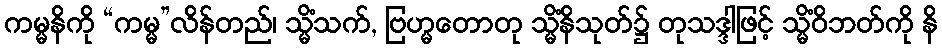
ကမ္မနိကို “ကမ္မ”လိန်တည်၊ သ္မိံသက်, ဗြဟ္မတောတု သ္မိံနိသုတ်၌ တုသဒ္ဒါဖြင့် သ္မိံဝိဘတ်ကို နိ